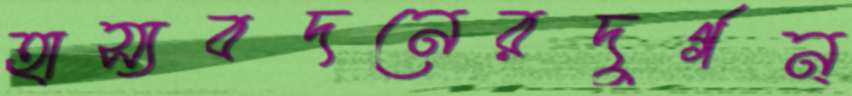
হাস্যবদনেরদুর্গন্